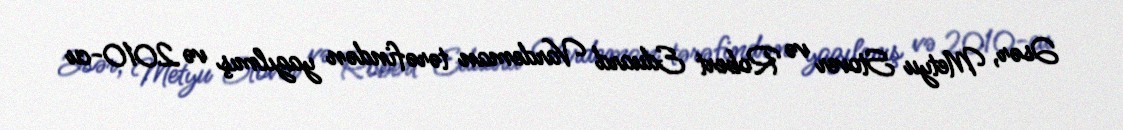
Əsər, Metyu Stover və Robert Eduard Vardeman tərəfindən yazılmış və 2010-cu